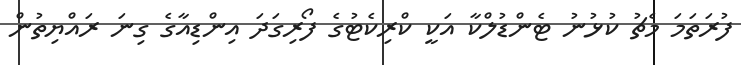
ފުރަތަމަ މެޗު ކުޅުނު ޓެންޑުލްކާ އަކީ ކްރިކެޓުގެ ފޯރިގަދަ އިންޑިއާގެ ގިނަ ރައްޔިތުން